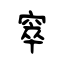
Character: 窣